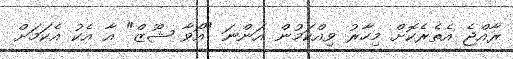
ރާއްޖެ އެތެރެކޮށް މިހާރު ވިއްކަމުން އަންނަ "އޯވާ ޝޫޒް" އާ އެކު އެކަމަށް